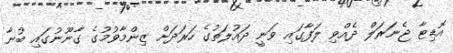
އޮޑިޓާ ޖެނަރަލް ދެއްވި ލަފާގައި ވަނީ ދައުލަތުގެ ހަރަދަށް ޒިންމާވުމުގެ ގާނޫނުގައި ބުނާ